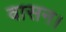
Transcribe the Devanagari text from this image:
वासन।